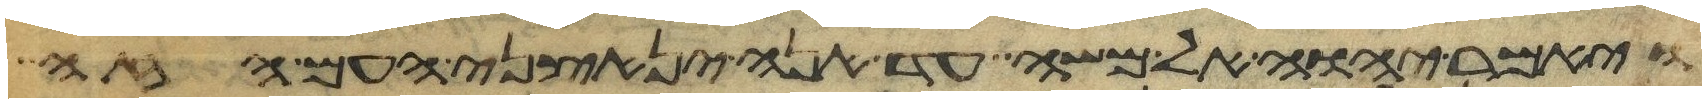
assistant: ויאמר יהוה אל משה עד אנה ינאצני העם הזה